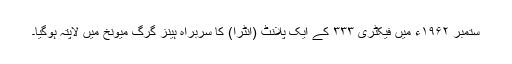
ستمبر ۱۹۶۲ء میں فیکٹری ۳۳۳ کے ایک پلانٹ (انٹرا) کا سربراہ ہینز گرگ میونخ میں لاپتہ ہوگیا۔